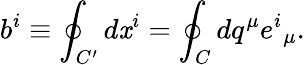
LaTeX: b^{i}\equiv\oint_{C^{\prime}}d\mathit{x}^{i}=\oint_{C}dq^{\mu}e^{i}{}_{\mu}.